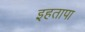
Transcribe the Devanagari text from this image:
इहतापा